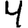
Digit: 4